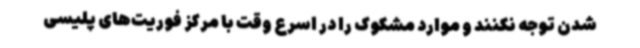
شدن توجه نکنند و موارد مشکوک را در اسرع وقت با مرکز فوریت‌های پلیسی